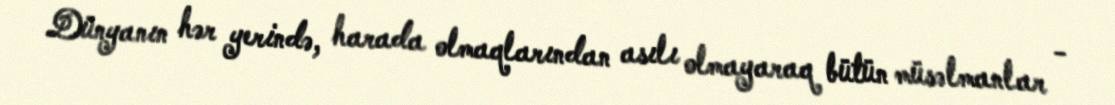
Dünyanın hər yerində, harada olmaqlarından asılı olmayaraq bütün müsəlmanlar -